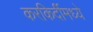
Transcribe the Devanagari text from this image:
करकिर्दीमध्ये